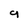
Character: 9